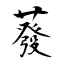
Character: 蕟